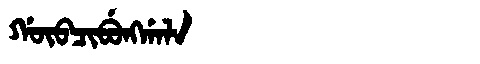
Manchu: ᡤᡡᠪᠴᡳᠪᡠᠩᡤᠠᠯᠠ
Romanization: GŪBCIBUNGGALA